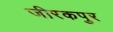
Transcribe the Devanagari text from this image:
जीरकपुर